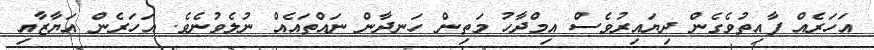
އަހަރެއް ފާއިތުވެގެން ދިޔައިރުވެސް އިމްދާހު މަތިން ހަނދާން ނައްތައެއް ނުލެވުނެވެ. އަހަރެން އަޔާޒާއި